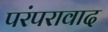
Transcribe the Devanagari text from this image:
परंपरावाद